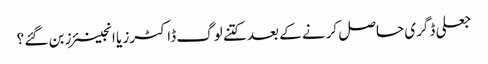
جعلی ڈگری حاصل کرنے کے بعد کتنے لوگ ڈاکٹرز یا انجینئرز بن گئے ؟